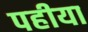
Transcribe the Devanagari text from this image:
पहीया